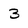
Character: 3